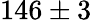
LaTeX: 146\pm 3